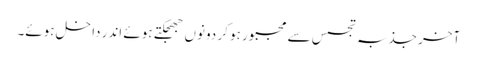
آخر جذبہ تجسس سے مجبور ہو کر دونوں جھجکتے ہوئے اندر داخل ہوئے۔